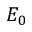
E _ { 0 }